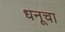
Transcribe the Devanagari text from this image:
धनूचा